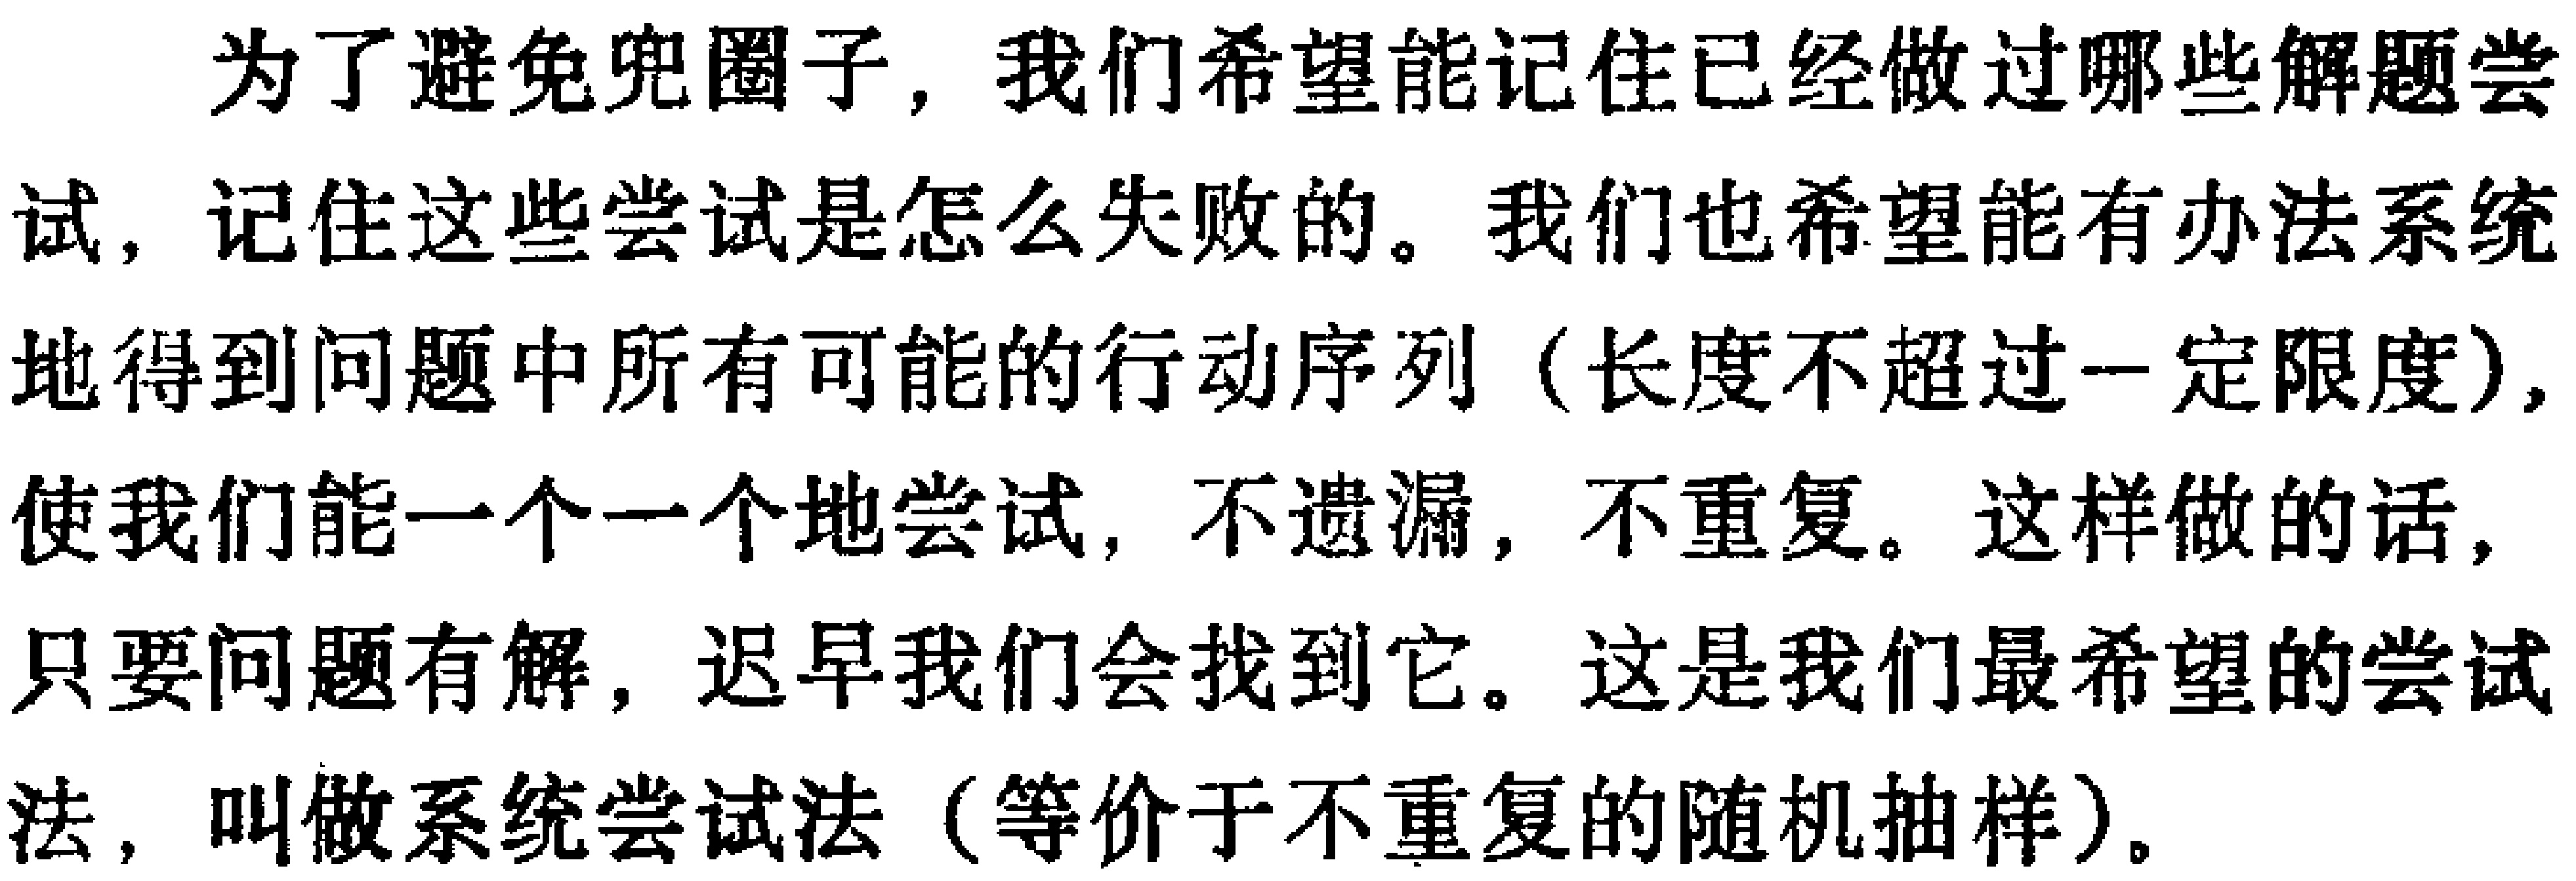
为了避免兜圈子，我们希望能记住已经做过哪些解题尝

试，记住这些尝试是怎么失败的。我们也希望能有办法系统

地得到问题中所有可能的行动序列（长度不超过一定限度），

使我们能一个一个地尝试，不遗漏，不重复。这样做的话，

只要问题有解，迟早我们会找到它。这是我们最希望的尝试

法，叫做系统尝试法（等价于不重复的随机抽样）。